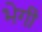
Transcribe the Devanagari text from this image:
भेगी